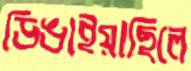
ডিঙাইয়াছিলে